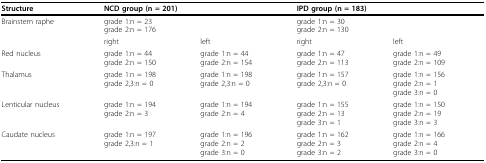
<table><thead><tr><td><b>Structure</b></td><td colspan="2"><b>NCD group (n = 201)</b></td><td colspan="2"><b>IPD group (n = 183)</b></td></tr></thead><tbody><tr><td>Brainstem raphe</td><td>grade 1:n = 23grade 2:n = 176</td><td></td><td>grade 1:n = 30grade 2:n = 130</td><td></td></tr><tr><td></td><td>right</td><td>left</td><td>right</td><td>left</td></tr><tr><td>Red nucleus</td><td>grade 1:n = 44grade 2:n = 150</td><td>grade 1:n = 44grade 2:n = 154</td><td>grade 1:n = 47grade 2:n = 113</td><td>grade 1:n = 49grade 2:n = 109</td></tr><tr><td>Thalamus</td><td>grade 1:n = 198grade 2,3:n = 0</td><td>grade 1:n = 198grade 2,3:n = 0</td><td>grade 1:n = 157grade 2,3:n = 0</td><td>grade 1:n = 156grade 2:n = 1grade 3:n = 0</td></tr><tr><td>Lenticular nucleus</td><td>grade 1:n = 194grade 2:n = 3</td><td>grade 1:n = 194grade 2:n = 4</td><td>grade 1:n = 155grade 2:n = 13 grade 3:n = 1</td><td>grade 1:n = 150grade 2:n = 19grade 3:n = 3</td></tr><tr><td>Caudate nucleus</td><td>grade 1:n = 197grade 2,3:n = 1</td><td>grade 1:n = 196grade 2:n = 2grade 3:n = 0</td><td>grade 1:n = 162grade 2:n = 3grade 3:n = 2</td><td>grade 1:n = 166grade 2:n = 4grade 3:n = 0</td></tr></tbody></table>